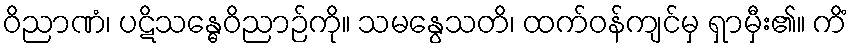
ဝိညာဏံ၊ ပဋိသန္ဓေဝိညာဉ်ကို။ သမနွေသတိ၊ ထက်ဝန်ကျင်မှ ရှာမှီး၏။ ကိံ